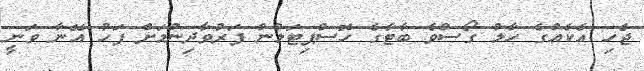
ޖެހި އެކެއްގެ ހާލު ގޯސްވެ ބާޓާގެ ހޮސްޕިޓަލުން ފަރުވާދިނުމަށް ފަހު އޭނާ ވަނީ